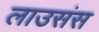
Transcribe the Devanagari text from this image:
लाउसंस